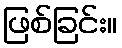
ဖြစ်ခြင်း။